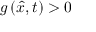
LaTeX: g \left( { \hat { x } } , t \right) > 0